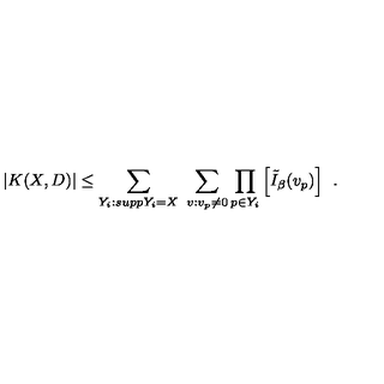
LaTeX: \left. | K ( X , D ) | \leq \sum _ { Y _ { i } : s u p p Y _ { i } = X } \ \sum _ { v : v _ { p } \neq 0 } \prod _ { p \in Y _ { i } } \left[ \tilde { I } _ { \beta } ( v _ { p } ) \right] \right. \ .